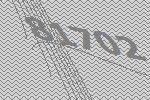
81702